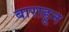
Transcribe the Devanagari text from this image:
बाराहून